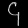
Digit: ၄